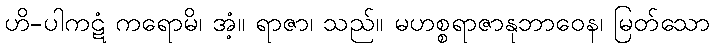
ဟိ-ပါကဋံ ကရောမိ၊ အံ့။ ရာဇာ၊ သည်။ မဟစ္စရာဇာနုဘာဝေန၊ မြတ်သော